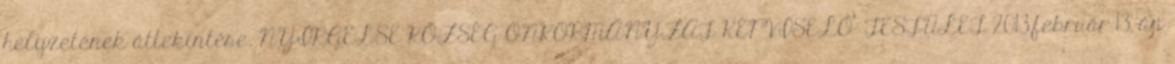
helyzetének áttekintése. NYÍRGELSE KÖZSÉG ÖNKORMÁNYZAT KÉPVISELŐ- TESTÜLET 2013.február 13.-án